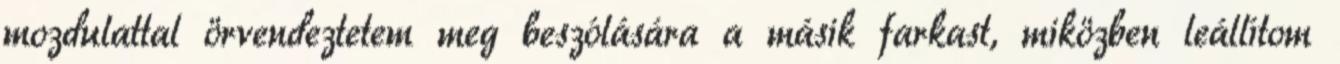
mozdulattal örvendeztetem meg beszólására a másik farkast, miközben leállítom